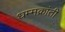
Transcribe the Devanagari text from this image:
धम्मक्रांती